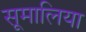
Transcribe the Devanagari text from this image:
सूमालिया